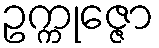
ဥက္ကုဇ္ဇော